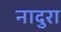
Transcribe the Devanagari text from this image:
नादुरा